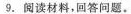
9. 阅读材料，回答问题。